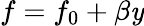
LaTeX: f=f_{0}+\beta\mathit{y}